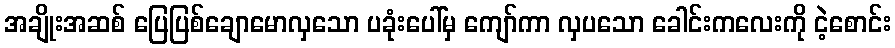
အချိုးအဆစ် ပြေပြစ်ချောမောလှသော ပခုံးပေါ်မှ ကျော်ကာ လှပသော ခေါင်းကလေးကို ငဲ့စောင်း